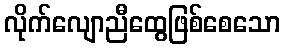
လိုက်လျောညီထွေဖြစ်စေသော